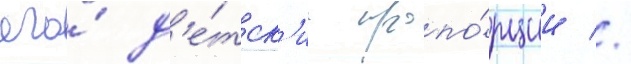
его́ д'е́тск'ие пропо́рции //